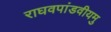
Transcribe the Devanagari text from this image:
राघवपांडवीयमु